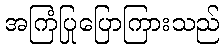
အကြံပြုပြောကြားသည်